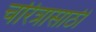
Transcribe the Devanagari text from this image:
चरित्रासाठी